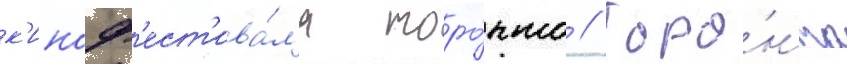
к'иноф'ест'ива́л'я торо́нто // Торо́нто